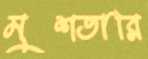
মুশতারি